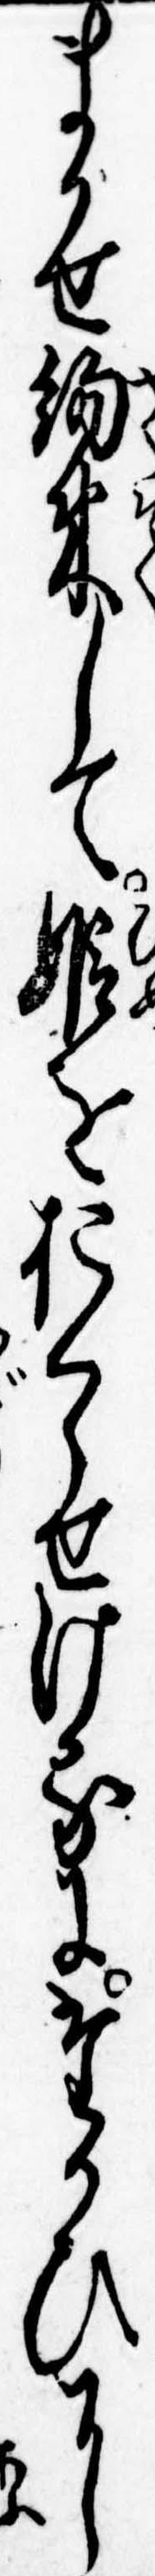
まかせ約束して姫をおくらせけるにたかひに